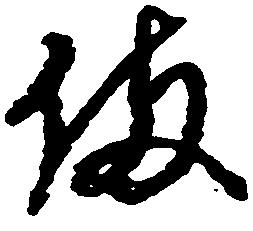
備